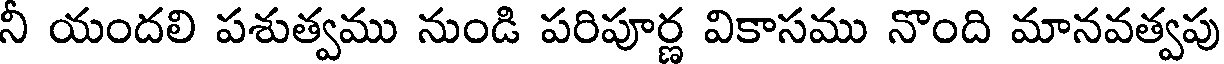
నీ యందలి పశుత్వము నుండి పరిపూర్ణ వికాసము నొంది మానవత్వపు